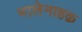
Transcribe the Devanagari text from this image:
मालेनाहक़